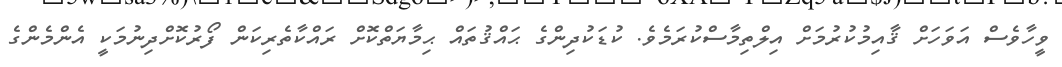
ވީހާވެސް އަވަހަށް ޤާއިމުކުރުމަށް އިލްތިމާސްކުރަމެވެ. ކުޑަކުދިންގެ ޙައްޤުތައް ޙިމާޔަތްކޮށް ރައްކާތެރިކަން ފޯރުކޮށްދިނުމަކީ އެންމެންގެ